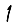
Digit: 1